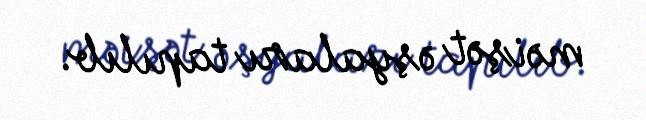
məişət əşyaları tapılıb.